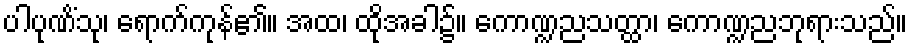
ပါပုဏိံသု၊ ရောက်ကုန်၏။ အထ၊ ထိုအခါ၌။ ကောဏ္ဍညသတ္ထာ၊ ကောဏ္ဍညဘုရားသည်။